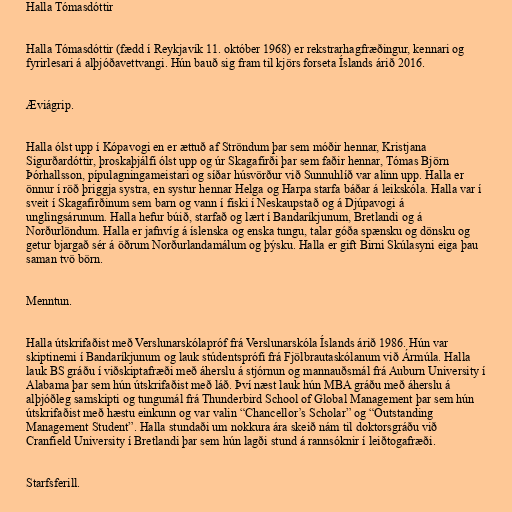
Halla Tómasdóttir

Halla Tómasdóttir (fædd í Reykjavík 11. október 1968) er rekstrarhagfræðingur, kennari og
fyrirlesari á alþjóðavettvangi. Hún bauð sig fram til kjörs forseta Íslands árið 2016.

Æviágrip.

Halla ólst upp í Kópavogi en er ættuð af Ströndum þar sem móðir hennar, Kristjana
Sigurðardóttir, þroskaþjálfi ólst upp og úr Skagafirði þar sem faðir hennar, Tómas Björn
Þórhallsson, pípulagningameistari og síðar húsvörður við Sunnuhlíð var alinn upp. Halla er
önnur í röð þriggja systra, en systur hennar Helga og Harpa starfa báðar á leikskóla. Halla var í
sveit í Skagafirðinum sem barn og vann í fiski í Neskaupstað og á Djúpavogi á
unglingsárunum. Halla hefur búið, starfað og lært í Bandaríkjunum, Bretlandi og á
Norðurlöndum. Halla er jafnvíg á íslenska og enska tungu, talar góða spænsku og dönsku og
getur bjargað sér á öðrum Norðurlandamálum og þýsku. Halla er gift Birni Skúlasyni eiga þau
saman tvö börn.

Menntun.

Halla útskrifaðist með Verslunarskólapróf frá Verslunarskóla Íslands árið 1986. Hún var
skiptinemi í Bandaríkjunum og lauk stúdentsprófi frá Fjölbrautaskólanum við Ármúla. Halla
lauk BS gráðu í viðskiptafræði með áherslu á stjórnun og mannauðsmál frá Auburn University í
Alabama þar sem hún útskrifaðist með láð. Því næst lauk hún MBA gráðu með áherslu á
alþjóðleg samskipti og tungumál frá Thunderbird School of Global Management þar sem hún
útskrifaðist með hæstu einkunn og var valin “Chancellor’s Scholar” og “Outstanding
Management Student”. Halla stundaði um nokkura ára skeið nám til doktorsgráðu við
Cranfield University í Bretlandi þar sem hún lagði stund á rannsóknir í leiðtogafræði.

Starfsferill.